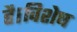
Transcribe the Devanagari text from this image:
है।विशेष